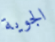
الجوية